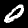
Digit: 0